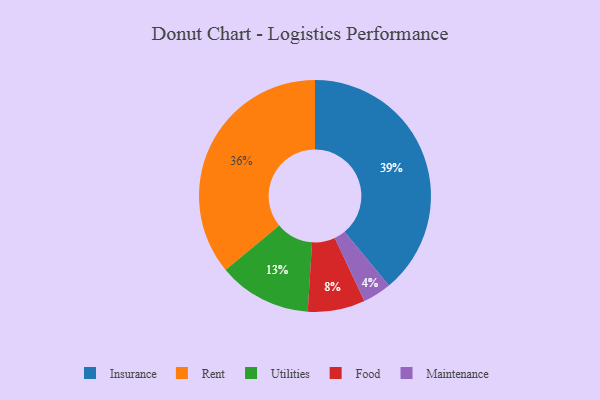
{"axis": {"x": "Category", "y": "Percentage"}, "legend": ["Food", "Insurance", "Maintenance", "Rent", "Utilities"], "data": [{"x": "Maintenance", "y": 4, "type": "Maintenance"}, {"x": "Rent", "y": 36, "type": "Rent"}, {"x": "Food", "y": 8, "type": "Food"}, {"x": "Insurance", "y": 39, "type": "Insurance"}, {"x": "Utilities", "y": 13, "type": "Utilities"}]}